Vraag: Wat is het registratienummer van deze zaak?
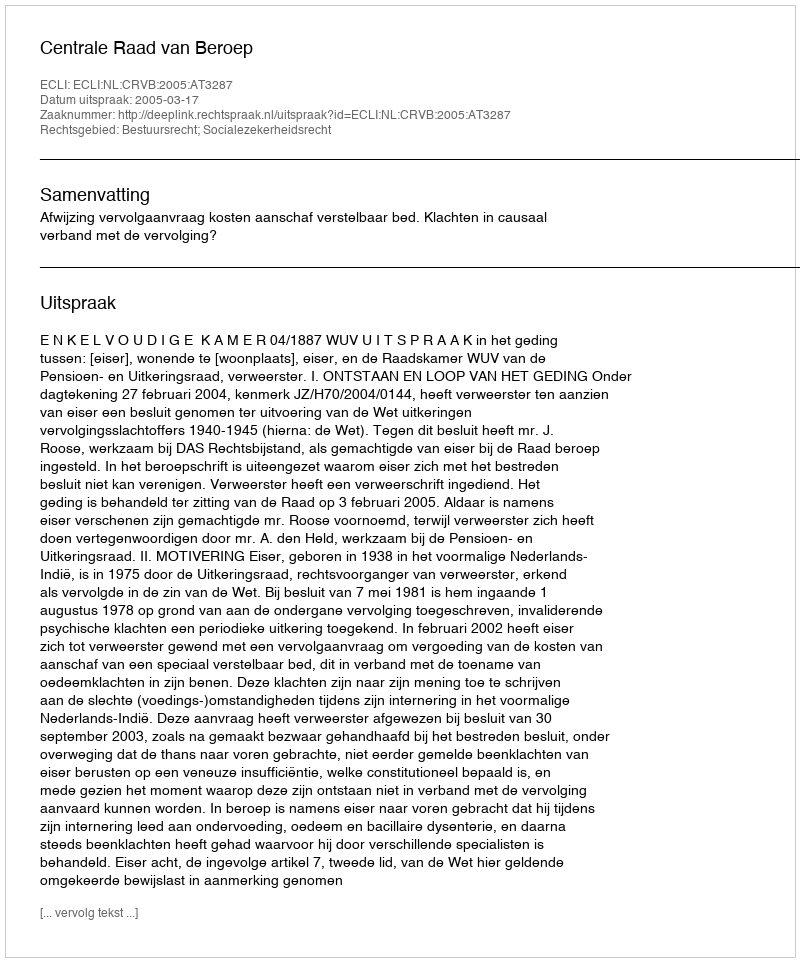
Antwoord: http://deeplink.rechtspraak.nl/uitspraak?id=ECLI:NL:CRVB:2005:AT3287